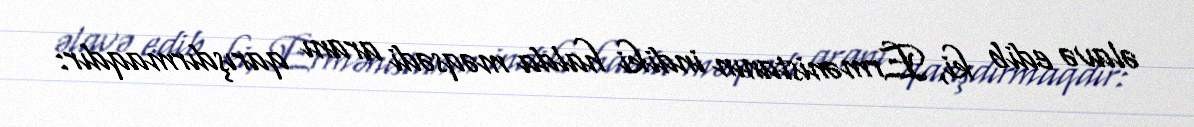
əlavə edib ki, Ermənistanın indiki halda məqsədi aranı qarışdırmaqdır: